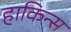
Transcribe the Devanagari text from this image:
हाकिन्स